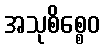
အသုစိစ္စေဝ